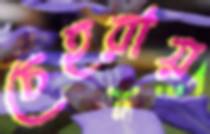
চেহরায়